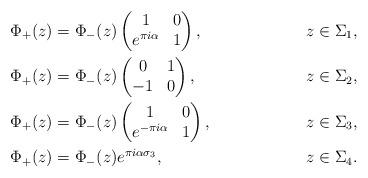
LaTeX: \begin{align*}&\Phi_+(z)=\Phi_-(z)\begin{pmatrix}1&0\\e^{\pi i \alpha}&1\end{pmatrix}, &z\in\Sigma_1,\\&\Phi_+(z)=\Phi_-(z)\begin{pmatrix}0&1\\-1&0\end{pmatrix}, &z\in \Sigma_2,\\&\Phi_+(z)=\Phi_-(z)\begin{pmatrix}1&0\\e^{-\pi i \alpha}&1\end{pmatrix}, &z\in\Sigma_3,\\&\Phi_+(z)=\Phi_-(z) e^{\pi i \alpha \sigma_3}, &z\in\Sigma_4.\end{align*}